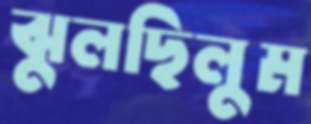
ঝুলছিলুম